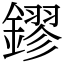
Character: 鏐